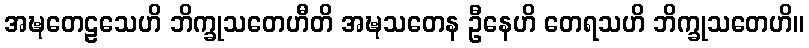
အဍ္ဎတေဠသေဟိ ဘိက္ခုသတေဟီတိ အဍ္ဎသတေန ဦနေဟိ တေရသဟိ ဘိက္ခုသတေဟိ။